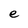
Character: e